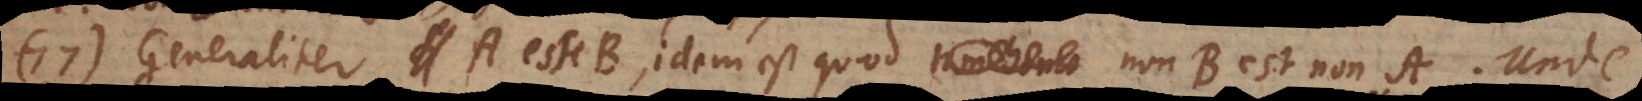
77) Generaliter A esse B idem est quod non‐B est non‐A. Unde